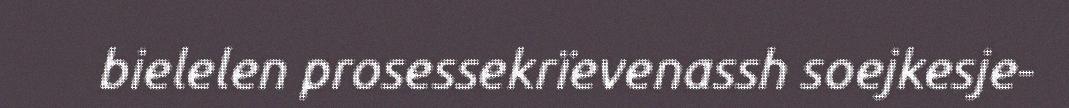
bielelen prosessekrïevenassh soejkesje-